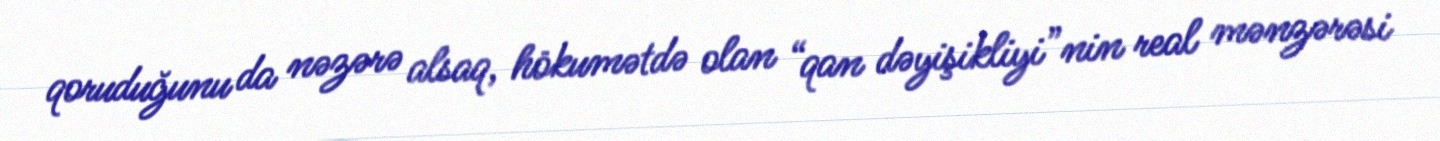
qoruduğunu da nəzərə alsaq, hökumətdə olan “qan dəyişikliyi”nin real mənzərəsi